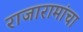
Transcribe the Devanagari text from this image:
राजारामांचा